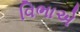
વિભાએ